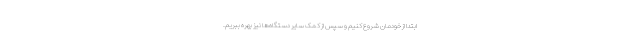
ابتدا از خودمان شروع کنیم و سپس از کمک سایر دستگاه‌ها نیز بهره ببریم.